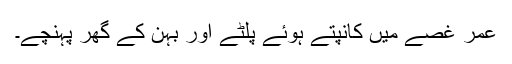
عمر غصے میں کانپتے ہوئے پلٹے اور بہن کے گھر پہنچے۔